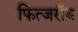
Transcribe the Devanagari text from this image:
फित्जरॉय